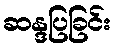
ဆန္ဒပြခြင်း